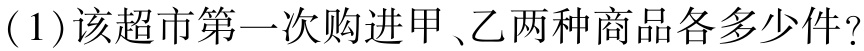
(1)该超市第一次购进甲、乙两种商品各多少件？